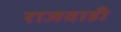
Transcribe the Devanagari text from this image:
राजवाडी